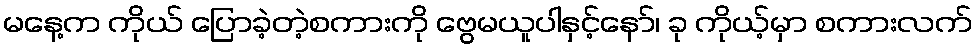
မနေ့က ကိုယ် ပြောခဲ့တဲ့စကားကို ဗွေမယူပါနှင့်နော်၊ ခု ကိုယ့်မှာ စကားလက်